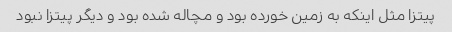
پیتزا مثل اینکه به زمین خورده بود و مچاله شده بود و دیگر پیتزا نبود